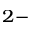
^ { 2 - }